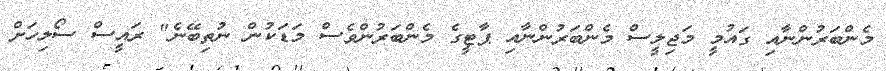
މެންބަރުންނާއި ގައުމީ މަޖިލީސް މެންބަރުންނާއި ޕާޓީގެ މެންބަރުންވެސް މަޑަކުން ނުތިބޭނެ" ރައީސް ސޯލިހަށް